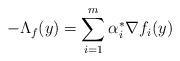
LaTeX: \begin{align*} -\Lambda_f(y)=\sum_{i=1}^m\alpha^*_i\nabla f_i(y) \end{align*}